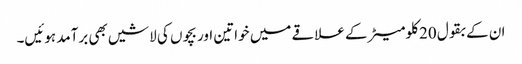
ان کے بقول 20 کلومیٹر کے علاقے میں خواتین اور بچوں کی لاشیں بھی برآمد ہوئیں۔